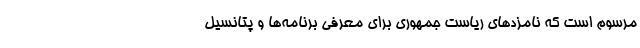
مرسوم است که نامزدهای ریاست جمهوری برای معرفی برنامه‌ها و پتانسیل